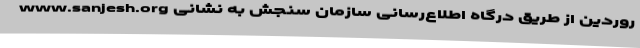
روردین از طریق درگاه اطلاع‌رسانی سازمان سنجش به نشانی www.sanjesh.org